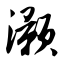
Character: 灏